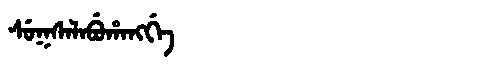
Manchu: ᠰᡠᡴᠰᠠᠯᠠᠪᡠᡥᠠᠩᡤᡝ
Romanization: SUKSALABUHANGGE